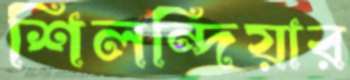
শিলন্দিয়ার